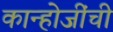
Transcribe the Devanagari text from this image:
कान्होजींची